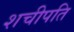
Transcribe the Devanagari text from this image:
शचीपति